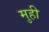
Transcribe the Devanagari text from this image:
मुही